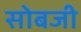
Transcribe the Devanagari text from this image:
सोबजी